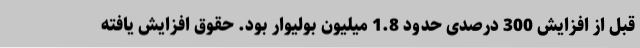
قبل از افزایش 300 درصدی حدود 1.8 میلیون بولیوار بود. حقوق افزایش یافته